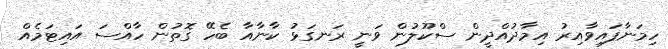
ހިމަނާފައިވާއިރު އިމާދުއްދީން ސްކޫލުން ވަނީ ރަނގަޅު ކާނާއާ ބެހޭ ގޮތުން ހާއްސަ އައިޓަމެއް